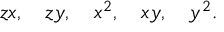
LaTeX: z x , \quad z y , \quad x ^ { 2 } , \quad x y , \quad y ^ { 2 } .